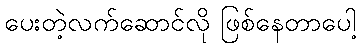
ပေးတဲ့လက်ဆောင်လို ဖြစ်နေတာပေါ့